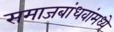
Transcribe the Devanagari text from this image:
समाजबांधवांमध्ये